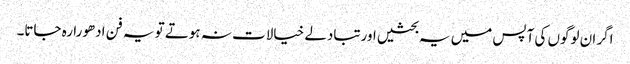
اگر ان لوگوں کی آپس میں یہ بحثیں اورتبادلے خیالات نہ ہوتے تو یہ فن ادھورا رہ جاتا۔